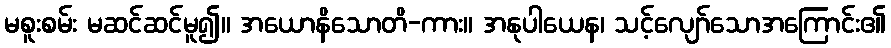
မစူးစမ်း မဆင်ဆင်မူ၍။ အယောနိသောတိ-ကား။ အနုပါယေန၊ သင့်လျော်သောအကြောင်း၏